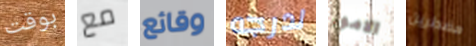
بوقت مع وقائع لدرجه الامور مضطرين